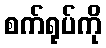
စက်ရုပ်ကို